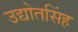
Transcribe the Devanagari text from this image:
उद्योतसिंह